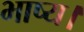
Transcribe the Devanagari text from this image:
भाष्य।